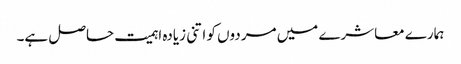
ہمارے معاشرے میں مردوں کو اتنی زیادہ اہمیت حاصل ہے۔